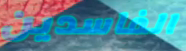
الفاسدين